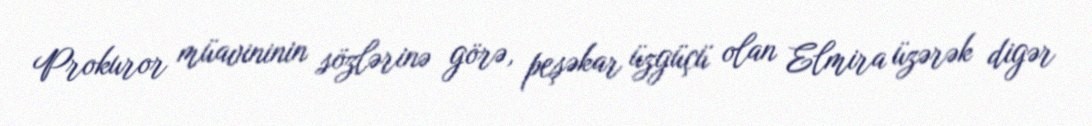
Prokuror müavininin sözlərinə görə, peşəkar üzgüçü olan Elmira üzərək digər